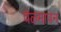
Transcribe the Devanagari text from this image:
वेळमापन